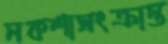
নকশাসংক্রান্ত